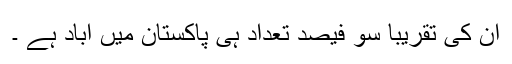
ان کی تقریبا سو فیصد تعداد ہی پاکستان میں آباد ہے ۔